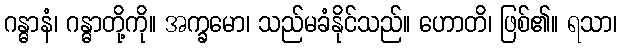
ဂန္ဓာနံ၊ ဂန္ဓာတို့ကို။ အက္ခမော၊ သည်မခံနိုင်သည်။ ဟောတိ၊ ဖြစ်၏။ ရသာ၊